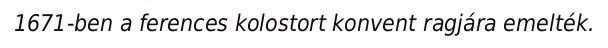
1671-ben a ferences kolostort konvent ragjára emelték.